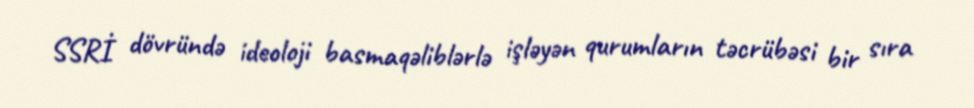
SSRİ dövründə ideoloji basmaqəliblərlə işləyən qurumların təcrübəsi bir sıra